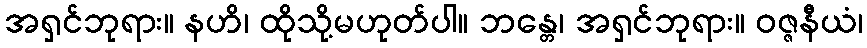
အရှင်ဘုရား။ နဟိ၊ ထိုသို့မဟုတ်ပါ။ ဘန္တေ၊ အရှင်ဘုရား။ ဝဇ္ဇနီယံ၊